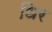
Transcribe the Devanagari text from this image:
धिर